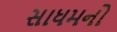
સાધમનો